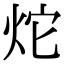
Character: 炨